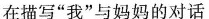
在描写”我”与妈妈的对话